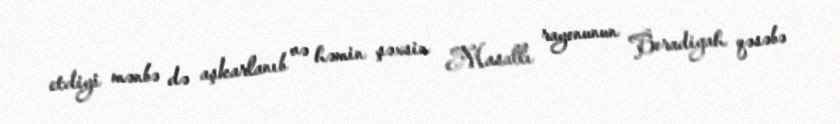
etdiyi mənbə də aşkarlanıb və həmin şəxsin Masallı rayonunun Boradigah qəsəbə